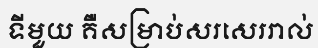
ទីមួយ គឺសម្រាប់សរសេររាល់